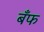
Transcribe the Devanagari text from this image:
बँफ